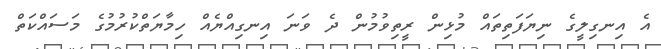
އެ އިނގިލީގެ ނިޔަފަތިތައް މުޅިން ރީތިވުމުން ދެ ވަނަ އިނގިއްޔެއް ހިމާޔަތްކުރުމުގެ މަސައްކަތް